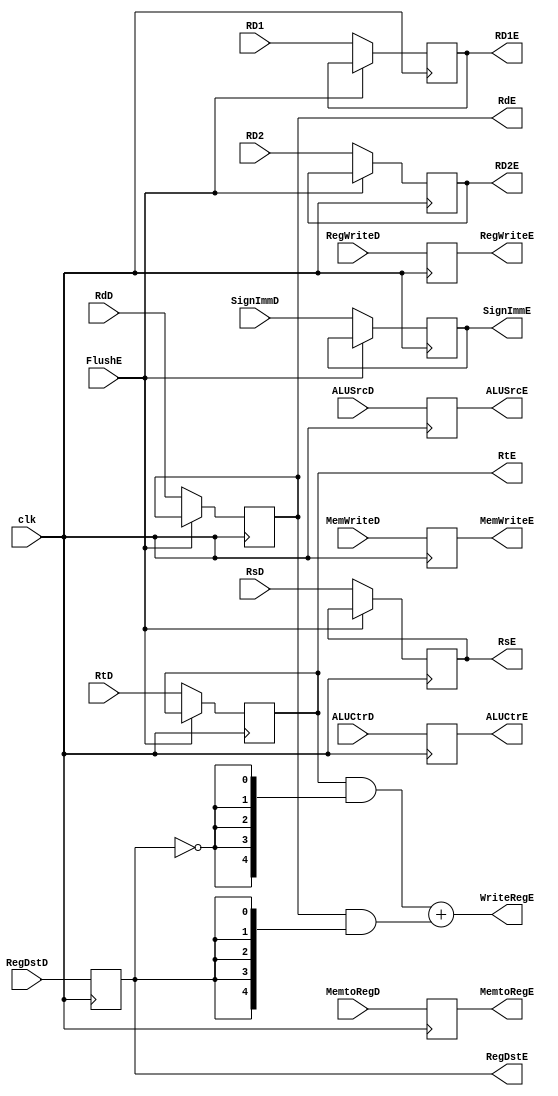
module CLK2(clk,FlushE,RegWriteD,MemtoRegD,MemWriteD,ALUCtrD,ALUSrcD,RegDstD,RsD,RtD,RdD,SignImmD,RD1,RD2,
						RegWriteE,MemtoRegE,MemWriteE,ALUCtrE,ALUSrcE,RegDstE,RsE,RtE,RdE,RD1E,RD2E,SignImmE,WriteRegE);

input clk,FlushE,RegWriteD,MemtoRegD,MemWriteD,ALUSrcD,RegDstD;
input [3:0] ALUCtrD;
input [4:0] RsD,RtD,RdD;
input [31:0] SignImmD,RD1,RD2;

output reg RegWriteE,MemtoRegE,MemWriteE,ALUSrcE,RegDstE;
output reg [3:0] ALUCtrE;
output reg [4:0] RsE,RtE,RdE;
output reg [31:0] RD1E,RD2E,SignImmE;
output wire [4:0] WriteRegE;

always @ (posedge clk)
begin
	RegWriteE <= RegWriteD;
	MemtoRegE <= MemtoRegD;
	MemWriteE <= MemWriteD;
	ALUSrcE <= ALUSrcD;
	RegDstE <= RegDstD;
	ALUCtrE <= ALUCtrD;
	if(FlushE) ;
	else begin
		
		RsE <= RsD;
		RtE <= RtD;
		RdE <= RdD;
		RD1E <= RD1;
		RD2E <= RD2;
		SignImmE <= SignImmD;
	end
end

assign WriteRegE = (RtE & {5{!RegDstE}}) + (RdE & {5{RegDstE}});

endmodule